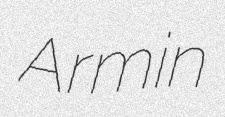
Armin